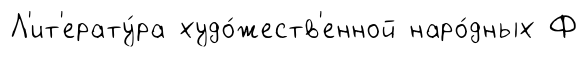
Л'ит'ерату́ра худо́жеств'енной наро́дных Ф